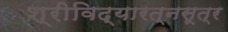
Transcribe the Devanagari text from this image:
श्रीविद्यारत्नसूत्र